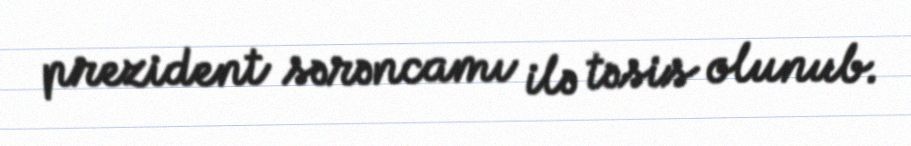
prezident sərəncamı ilə təsis olunub.